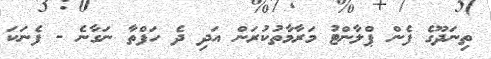
ތިނަދޫގެ ފެން ޕްލާންޓު މަރާމާތުކުރަން އަދި ދެ ހަފްތާ ނަގާނެ - ފެނަކަ